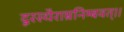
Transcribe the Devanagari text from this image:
दूरस्थैराम्रनिम्बवत्।।